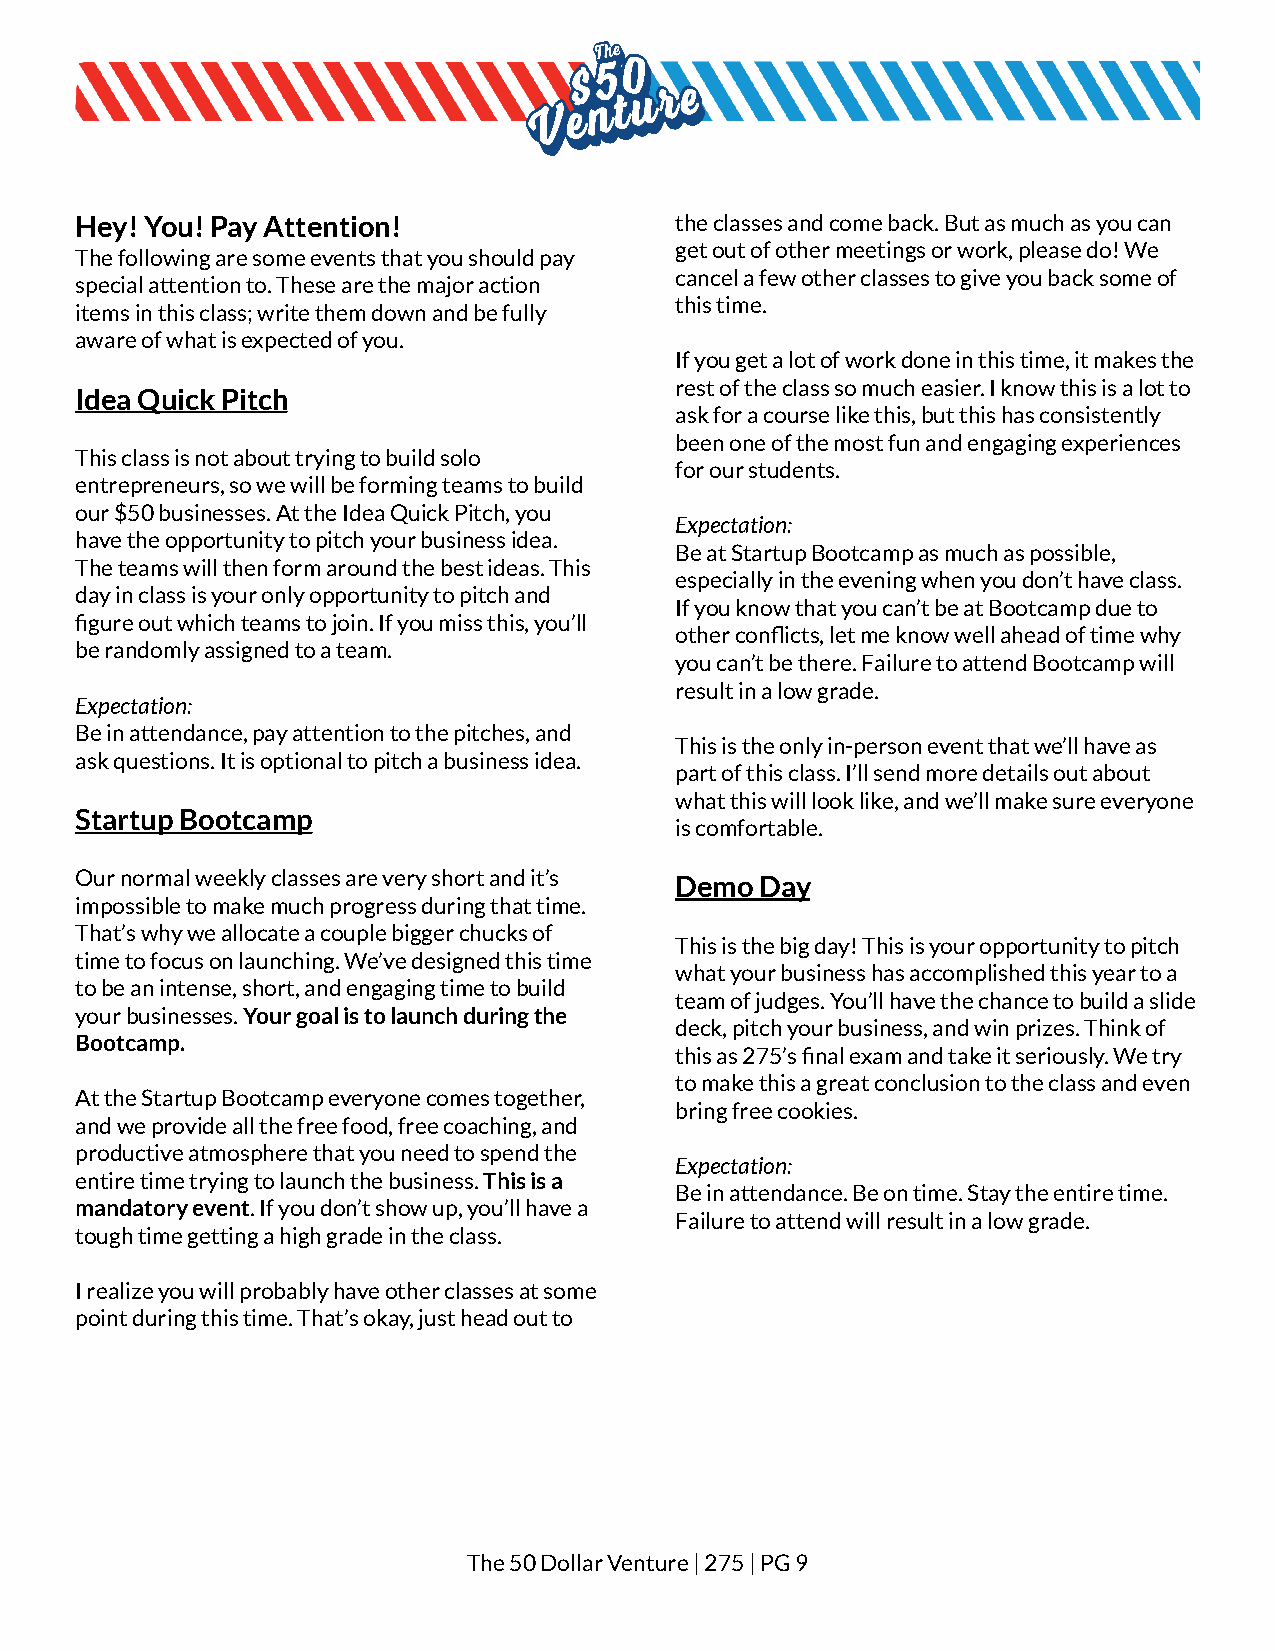
Hey! You! Pay Attention!                the classes and come back. But as much as you can
 get out of other meetings or work, please do! We
 The following are some events that you should pay
 cancel a few other classes to give you back some of
 special attention to. These are the major action
 this time.
 items in this class; write them down and be fully
 aware of what is expected of you.
 If you get a lot of work done in this time, it makesthe
 rest of the class so much easier. I know this is alot to
 Idea Quick Pitch
 ask for a course like this, but this has consistently
 been one of the most fun and engaging experiences
 This class is not about trying to build solo
 for our students.
 entrepreneurs, so we will be forming teams to build
 our $50 businesses. At the Idea Quick Pitch, you
 Expectation:
 have the opportunity to pitch your business idea.
 Be at Startup Bootcamp as much as possible,
 The teams will then form around the best ideas. This
 especially in the evening when you don’t have class.
 day in class is your only opportunity to pitch and
 If you know that you can’t be at Bootcamp due to
 figure out which teams to join. If you miss this,you’ll
 other conflicts, let me know well ahead of time why
 be randomly assigned to a team.
 you can’t be there. Failure to attend Bootcamp will
 result in a low grade.
 Expectation:
 Be in attendance, pay attention to the pitches, and
 This is the only in-person event that we’ll have as
 ask questions. It is optional to pitch a businessidea.
 part of this class. I’ll send more details out about
 what this will look like, and we’ll make sure everyone
 Startup Bootcamp
 is comfortable.
 Our normal weekly classes are very short and it’s
 Demo Day
 impossible to make much progress during that time.
 That’s why we allocate a couple bigger chucks of
 This is the big day! This is your opportunity to pitch
 time to focus on launching. We’ve designed this time
 what your business has accomplished this year to a
 to be an intense, short, and engaging time to build
 team of judges. You’ll have the chance to build aslide
 your businesses.Your goal is to launch during the
 deck, pitch your business, and win prizes. Think of
 Bootcamp.
 this as 275’s final exam and take it seriously. Wetry
 to make this a great conclusion to the class and even
 At the Startup Bootcamp everyone comes together,
 bring free cookies.
 and we provide all the free food, free coaching, and
 productive atmosphere that you need to spend the
 Expectation:
 entire time trying to launch the business.This isa
 Be in attendance. Be on time. Stay the entire time.
 mandatory event. If you don’t show up, you’ll havea
 Failure to attend will result in a low grade.
 tough time getting a high grade in the class.
 I realize you will probably have other classes atsome
 point during this time. That’s okay, just head outto
 The 50 Dollar Venture | 275 | PG9